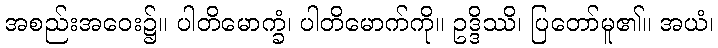
အစည်းအဝေး၌။ ပါတိမောက္ခံ၊ ပါတိမောက်ကို။ ဥဒ္ဒိဿိ၊ ပြတော်မူ၏။ အယံ၊